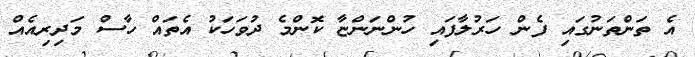
އެ ތަންތަނުގައި ފެން ހަރުލާފައި ހުންނަންޏާ ކޮންމެ ދުވަހަކު އެތައް ހާސް މަދިރިއެއް